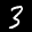
Label: 3